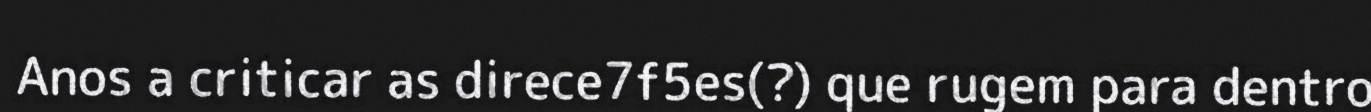
Anos a criticar as direce7f5es(?) que rugem para dentro